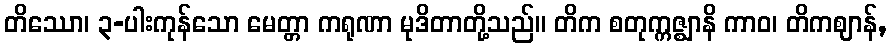
တိဿော၊ ၃-ပါးကုန်သော မေတ္တာ ကရုဏာ မုဒိတာတို့သည်။ တိက စတုက္ကဇ္ဈာနိ ကာဝ၊ တိကဈာန်,